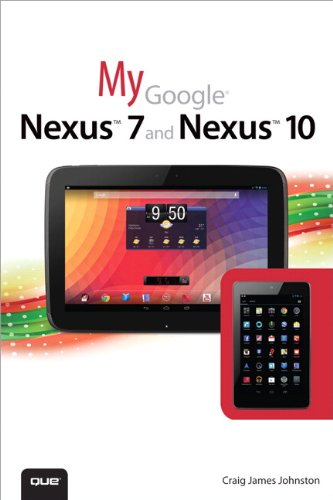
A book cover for My Google Nexus 7 and Nexus 10; Craig James Johnston; Computers & Technology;